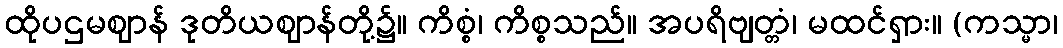
ထိုပဌမဈာန် ဒုတိယဈာန်တို့၌။ ကိစ္စံ၊ ကိစ္စသည်။ အပရိဗျတ္တံ၊ မထင်ရှား။ (ကသ္မာ၊